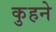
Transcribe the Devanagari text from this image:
कुहने